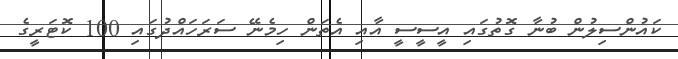
ކައުންސިލުން ބުނާ ގޮތުގައި އީސީސީ އާއި އެތަން ހިމެނޭ ސަރަހައްދުގައި 100 ކޮޓަރީގެ